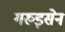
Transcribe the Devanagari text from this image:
गरुड़सेन